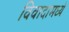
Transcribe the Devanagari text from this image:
विवादामध्ये